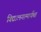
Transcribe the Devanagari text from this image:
विद्यालयामार्फत